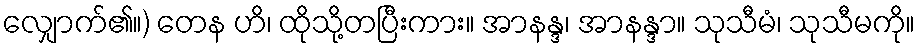
လျှောက်၏။) တေန ဟိ၊ ထိုသို့တပြီးကား။ အာနန္ဒ၊ အာနန္ဒာ။ သုသီမံ၊ သုသီမကို။